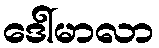
ဒေါ်မာလာ